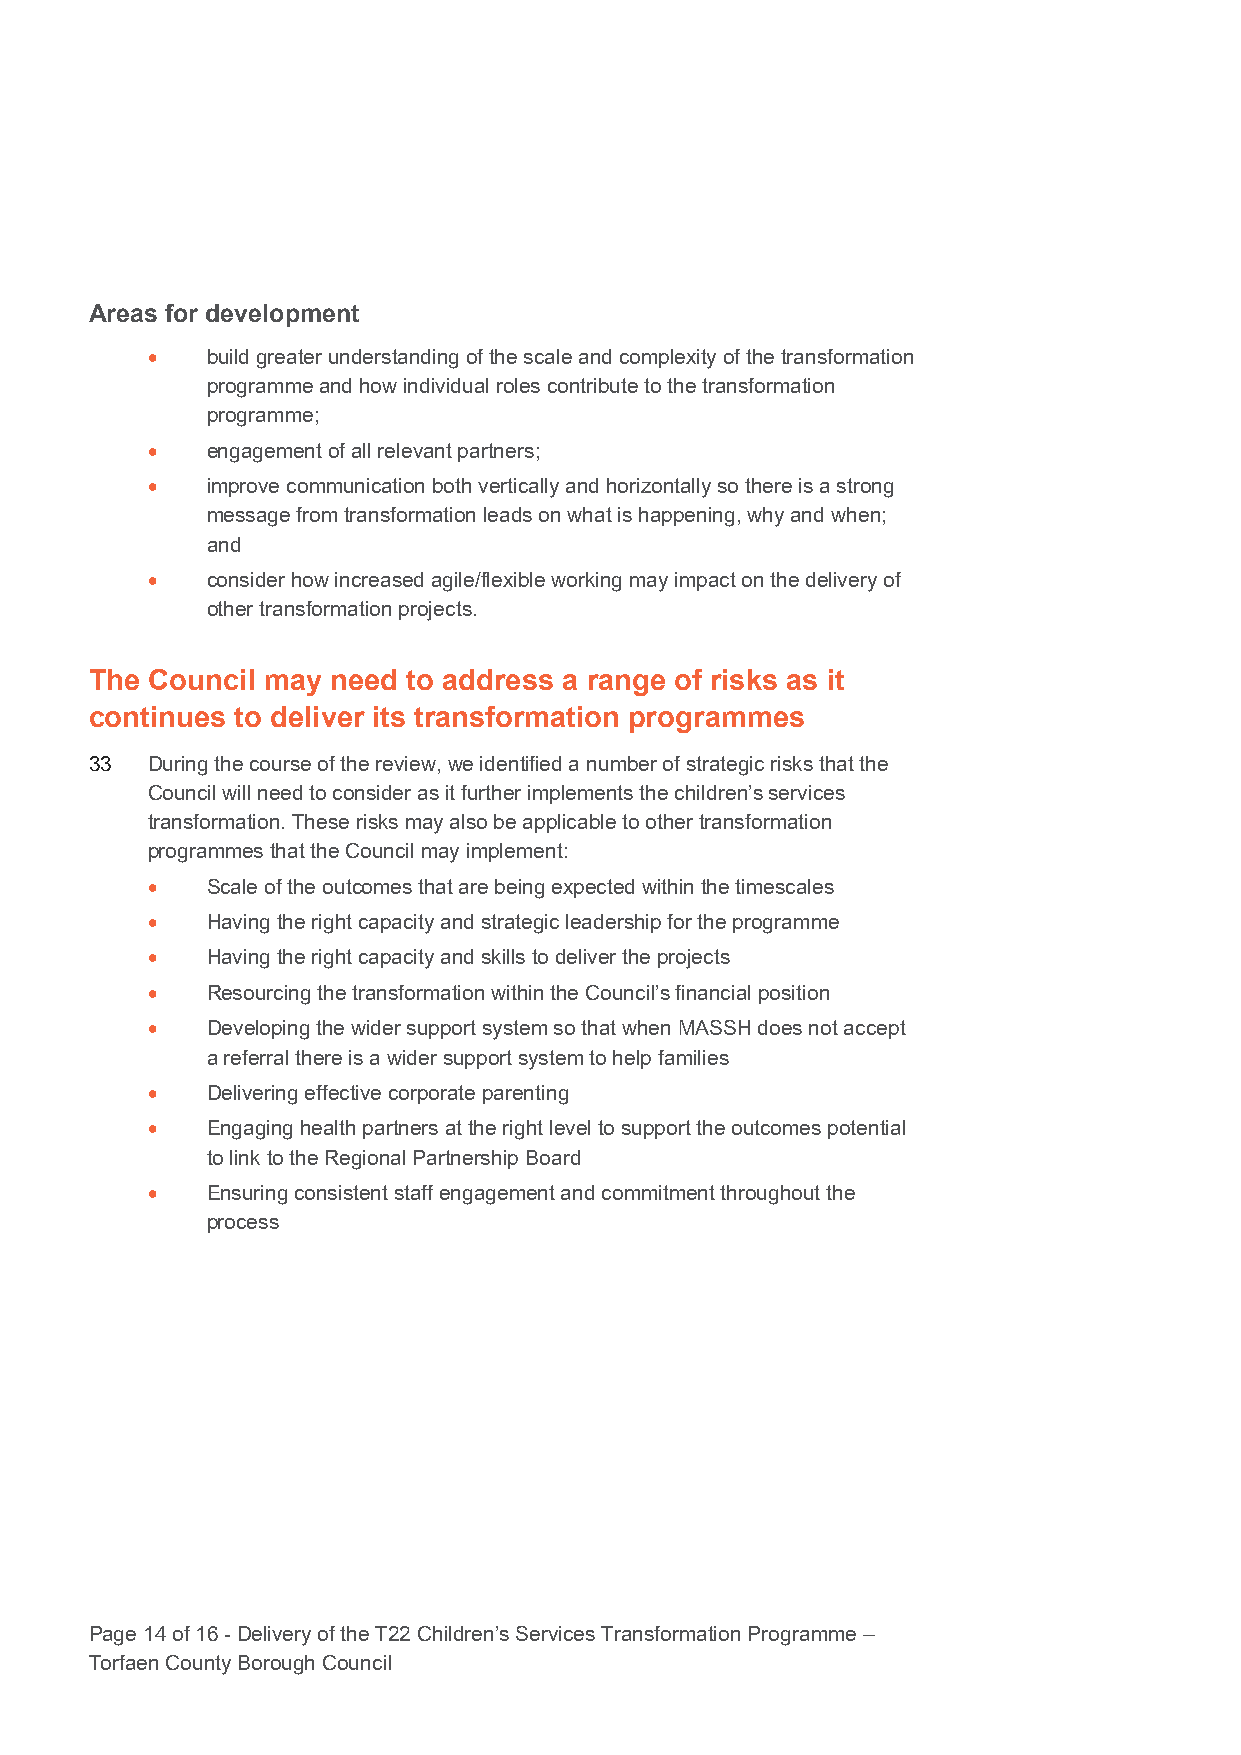
Areas for development
 •   build greater understanding of the scale and complexity of the transformation
 programme and how individual roles contribute to the transformation
 programme;
 •   engagement of all relevant partners;
 •   improve communication both vertically and horizontally so there is a strong
 message from transformation leads on what is happening, why and when;
 and
 •   consider how increased agile/flexible working may impact on the delivery of
 other transformation projects.
 The Council may need to address a range of risks as it
 continues to deliver its transformation programmes
 33  During the course of the review, we identified a number of strategic risks that the
 Council will need to consider as it further implements the children’s services
 transformation. These risks may also be applicable to other transformation
 programmes that the Council may implement:
 •   Scale of the outcomes that are being expected within the timescales
 •   Having the right capacity and strategic leadership for the programme
 •   Having the right capacity and skills to deliver the projects
 •   Resourcing the transformation within the Council’s financial position
 •   Developing the wider support system so that when MASSH does not accept
 a referral there is a wider support system to help families
 •   Delivering effective corporate parenting
 •   Engaging health partners at the right level to support the outcomes potential
 to link to the Regional Partnership Board
 •   Ensuring consistent staff engagement and commitment throughout the
 process
 Page 14 of 16 - Delivery of the T22 Children’s Services Transformation Programme –
 Torfaen County Borough Council